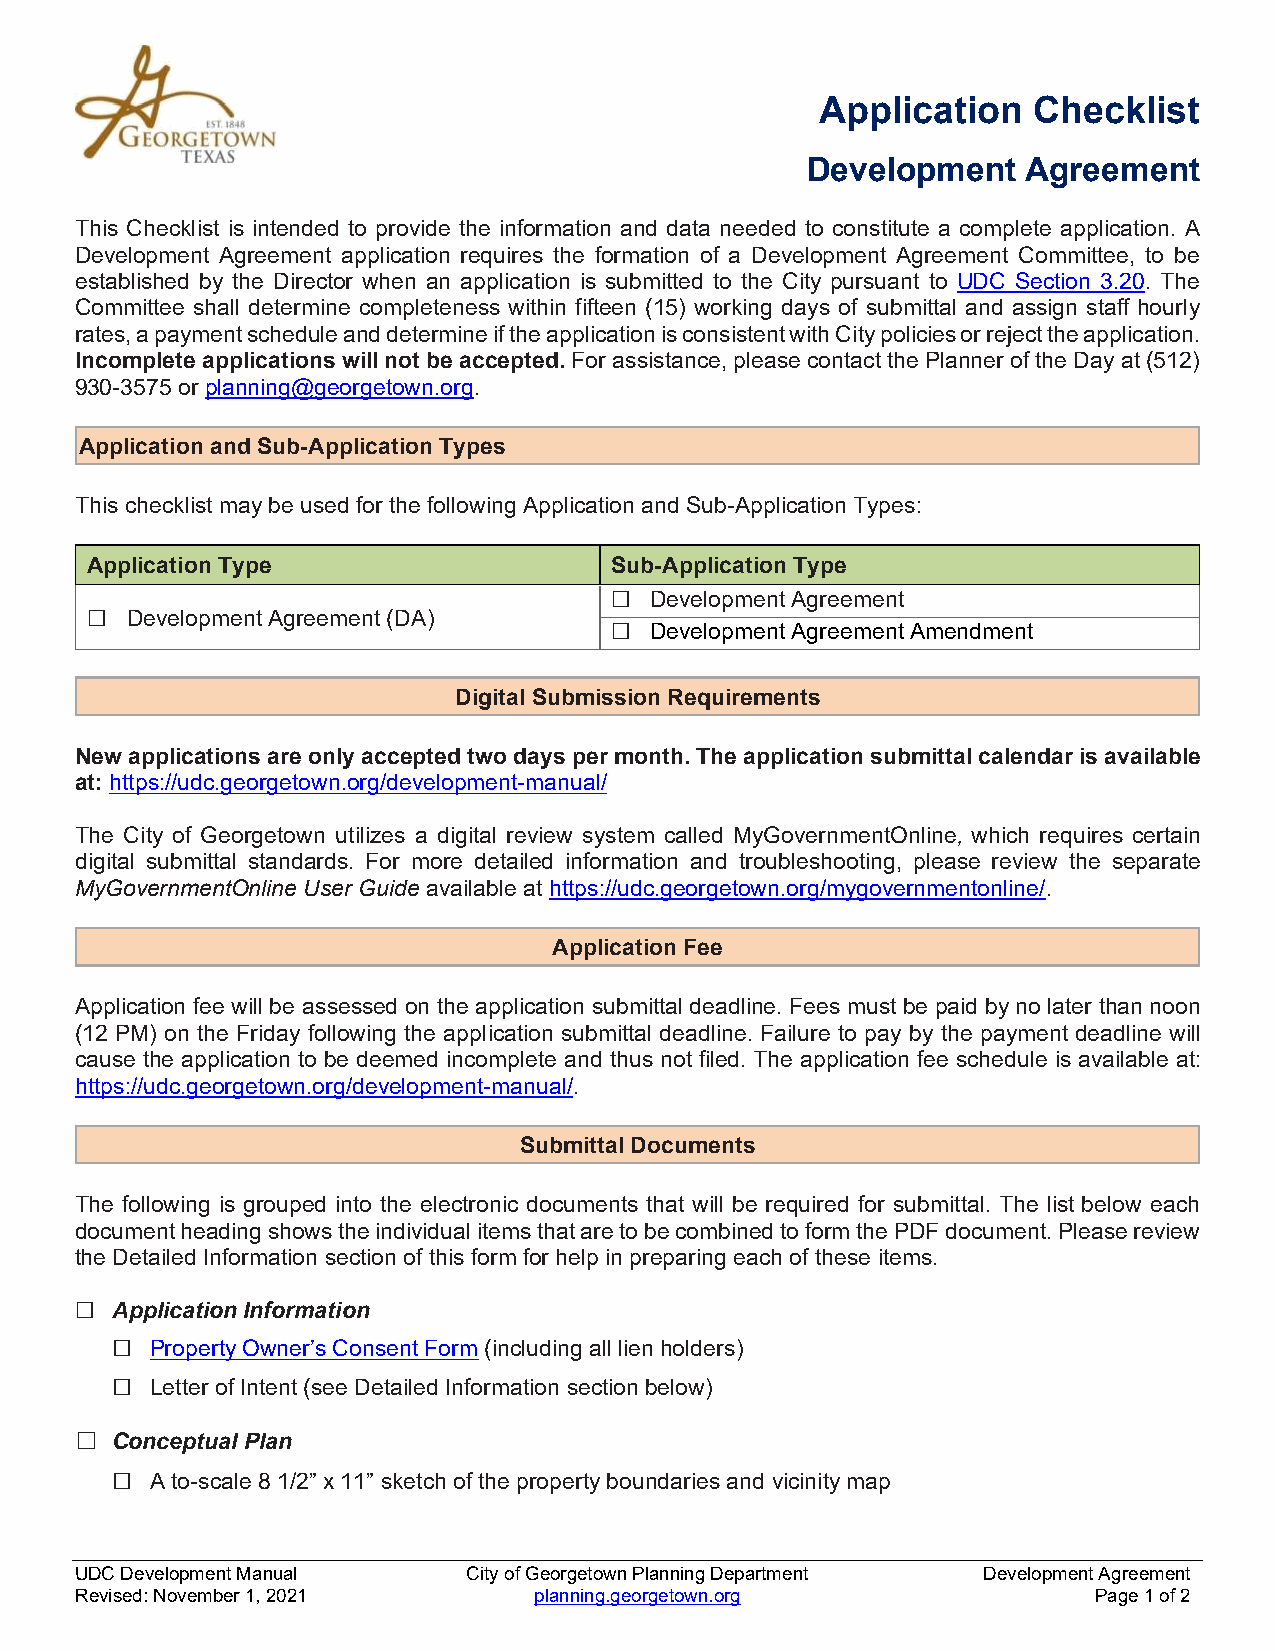
Application   Checklist
 Development    Agreement
 This Checklist is intended to provide the information and data needed to constitute a complete application. A
 Development Agreement application requires the formation of a Development Agreement Committee, to be
 established by the Director when an application is submitted to the City pursuant to UDC Section 3.20. The
 Committee shall determine completeness within fifteen (15) working days of submittal and assign staff hourly
 rates, a payment schedule and determine if the application is consistent with City policies or reject the application.
 Incomplete applications will not be accepted. For assistance, please contact the Planner of the Day at (512)
 930-3575 or planning@georgetown.org.
 Application and Sub-Application Types
 This checklist may be used for the following Application and Sub-Application Types:
 Application Type                  Sub-Application Type
 ☐  Development Agreement
 ☐ Development Agreement (DA)
 ☐  Development Agreement Amendment
 Digital Submission Requirements
 New applications are only accepted two days per month. The application submittal calendar is available
 at: https://udc.georgetown.org/development-manual/
 The City of Georgetown utilizes a digital review system called MyGovernmentOnline, which requires certain
 digital submittal standards. For more detailed information and troubleshooting, please review the separate
 MyGovernmentOnline User Guide available at https://udc.georgetown.org/mygovernmentonline/.
 Application Fee
 Application fee will be assessed on the application submittal deadline. Fees must be paid by no later than noon
 (12 PM) on the Friday following the application submittal deadline. Failure to pay by the payment deadline will
 cause the application to be deemed incomplete and thus not filed. The application fee schedule is available at:
 https://udc.georgetown.org/development-manual/.
 Submittal Documents
 The following is grouped into the electronic documents that will be required for submittal. The list below each
 document heading shows the individual items that are to be combined to form the PDF document. Please review
 the Detailed Information section of this form for help in preparing each of these items.
 ☐ Application Information
 □  Property Owner’s Consent Form (including all lien holders)
 □  Letter of Intent (see Detailed Information section below)
 ☐ Conceptual Plan
 □  A to-scale 8 1/2” x 11” sketch of the property boundaries and vicinity map
 UDC Development Manual    City of Georgetown Planning Department Development Agreement
 Revised: November 1, 2021     planning.georgetown.org              Page 1 of 2